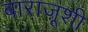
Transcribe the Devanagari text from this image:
बाराज़ूशी